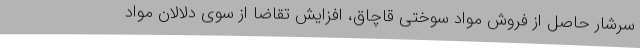
سرشار حاصل از فروش مواد سوختی قاچاق، افزایش تقاضا از سوی دلالان مواد